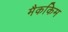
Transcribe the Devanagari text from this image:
मैककिम